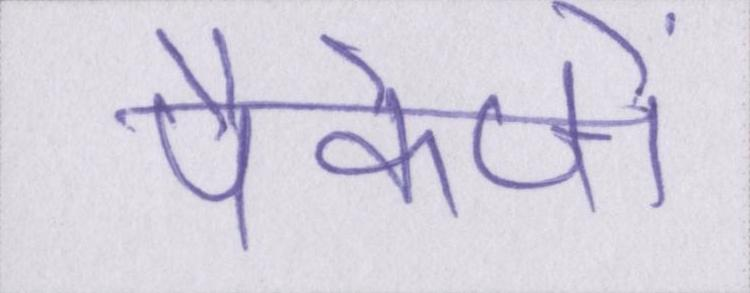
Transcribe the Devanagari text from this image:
पैकेजों